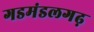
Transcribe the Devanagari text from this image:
गडमंडलगढ़